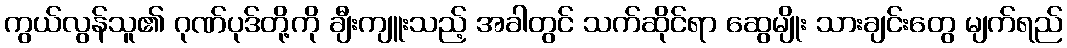
ကွယ်လွန်သူ၏ ဂုဏ်ပုဒ်တို့ကို ချီးကျူးသည့် အခါတွင် သက်ဆိုင်ရာ ဆွေမျိုး သားချင်းတွေ မျက်ရည်